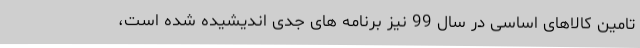
تامین کالاهای اساسی در سال 99 نیز برنامه های جدی اندیشیده شده است،